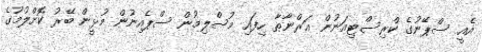
އެއީ ސްޕޭނުގެ ކްރިސްޓިއަނުން ޣަރްނާޠާ ހިފައި މުސްލިމުން ސްޕެއިނުން މުޅީން ބޭރު ކޮށްލުމުގެ